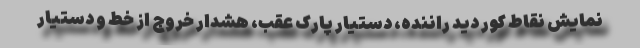
نمایش نقاط کور دید راننده، دستیار پارک عقب، هشدار خروج از خط و دستیار